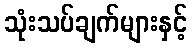
သုံးသပ်ချက်များနှင့်